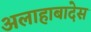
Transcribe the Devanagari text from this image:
अलाहाबादेस